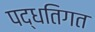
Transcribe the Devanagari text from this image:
पद्धतिगत